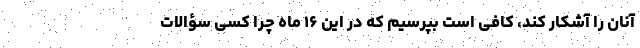
آنان را آشکار کند، کافی است بپرسیم که در این ۱۶ ماه چرا کسی سؤالات